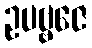
ဥပဗ္ဗဇေ